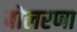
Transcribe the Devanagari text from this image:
बोलरणा